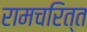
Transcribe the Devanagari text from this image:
रामचरित्त